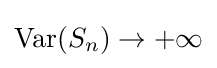
\operatorname {Var} (S_{n})\to +\infty